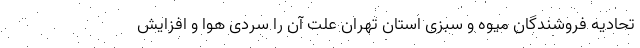
تحادیه فروشندگان میوه و سبزی استان تهران علت آن را سردی هوا و افزایش